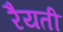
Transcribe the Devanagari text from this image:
रैयती